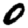
Digit: 0